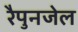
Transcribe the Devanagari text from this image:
रैपुनजेल